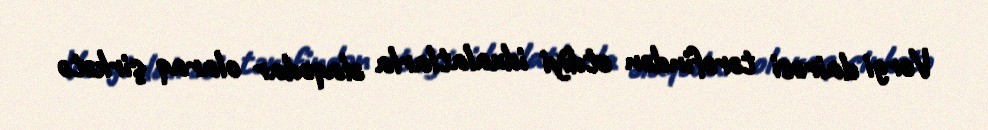
Vergi dairəsi tərəfindən etdiyi idxalatlarla əlaqədar olaraq şirkətə